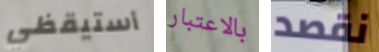
أستيقظي بالاعتبار نقصد